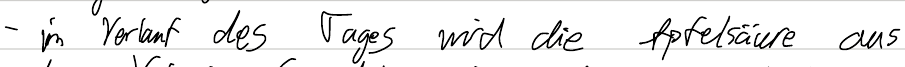
- im Verlauf des Tages wird die Apfelsäure aus